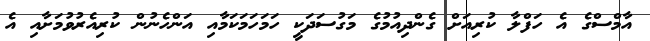
އާމްސްގެ އެ ހަފްލާ ކުރިއަށް ގެންދިއުމުގެ މަގުސަދަކީ ހަމަހަމަކަމާއި އަންހެނުން ކުރިއެރުވުމަށާއި އެ